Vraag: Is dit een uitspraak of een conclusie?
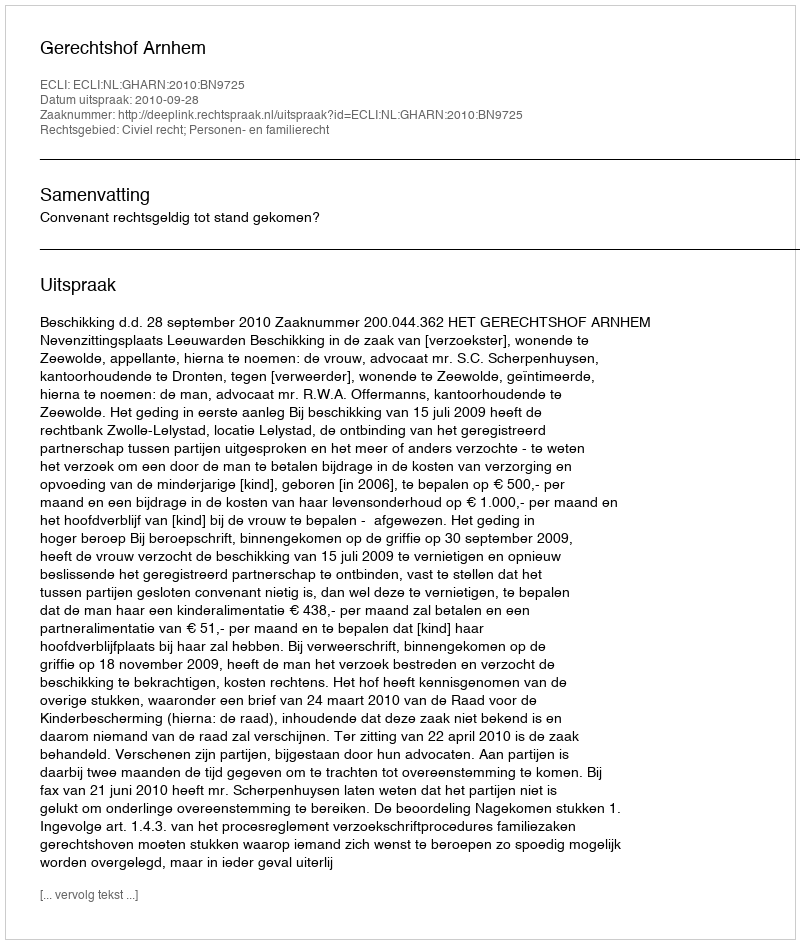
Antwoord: Uitspraak